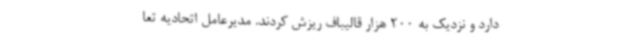
دارد و نزدیک به 200 هزار قالیباف ریزش کردند. مدیرعامل اتحادیه تعا